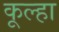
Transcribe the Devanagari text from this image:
कूल्‍हा